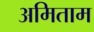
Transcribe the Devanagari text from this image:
अमिताम